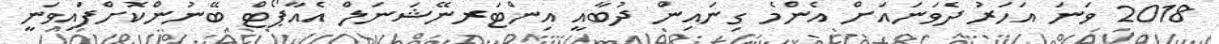
2018 ވަނަ އަހަރު ދެވަނައަށް އެންމެ ގިނައިން ދުބާއީ އިންޓަރނޭޝަނަލް އެއާޕޯޓް ބޭނުންކޮށްފައިވަނީ